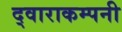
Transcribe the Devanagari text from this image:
द्वाराकम्‍पनी